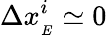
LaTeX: \Delta x_{{_E}}^{i}\simeq 0